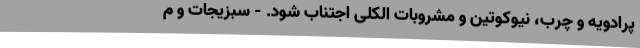
پرادویه و چرب، نیوکوتین و مشروبات الکلی اجتناب شود. - سبزیجات و م